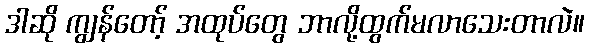
ဒါဆို ကျွန်တော့် အထုပ်တွေ ဘာလို့ထွက်မလာသေးတာလဲ။